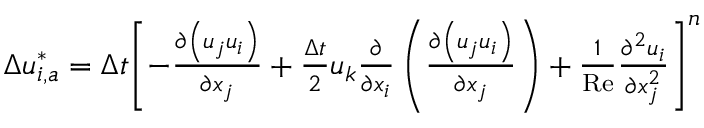
\begin{array} { r } { \Delta u _ { i , a } ^ { * } = \Delta t { { \left[ - \frac { \partial \left( { { u } _ { j } } { { u } _ { i } } \right) } { \partial { { x } _ { j } } } + \frac { \Delta t } { 2 } { { u } _ { k } } \frac { \partial } { \partial { { x } _ { i } } } \left( \frac { \partial \left( { { u } _ { j } } { { u } _ { i } } \right) } { \partial { { x } _ { j } } } \right) + \frac { 1 } { \operatorname { R e } } \frac { { { \partial } ^ { 2 } } { { u } _ { i } } } { \partial x _ { j } ^ { 2 } } \right] } ^ { n } } } \end{array}